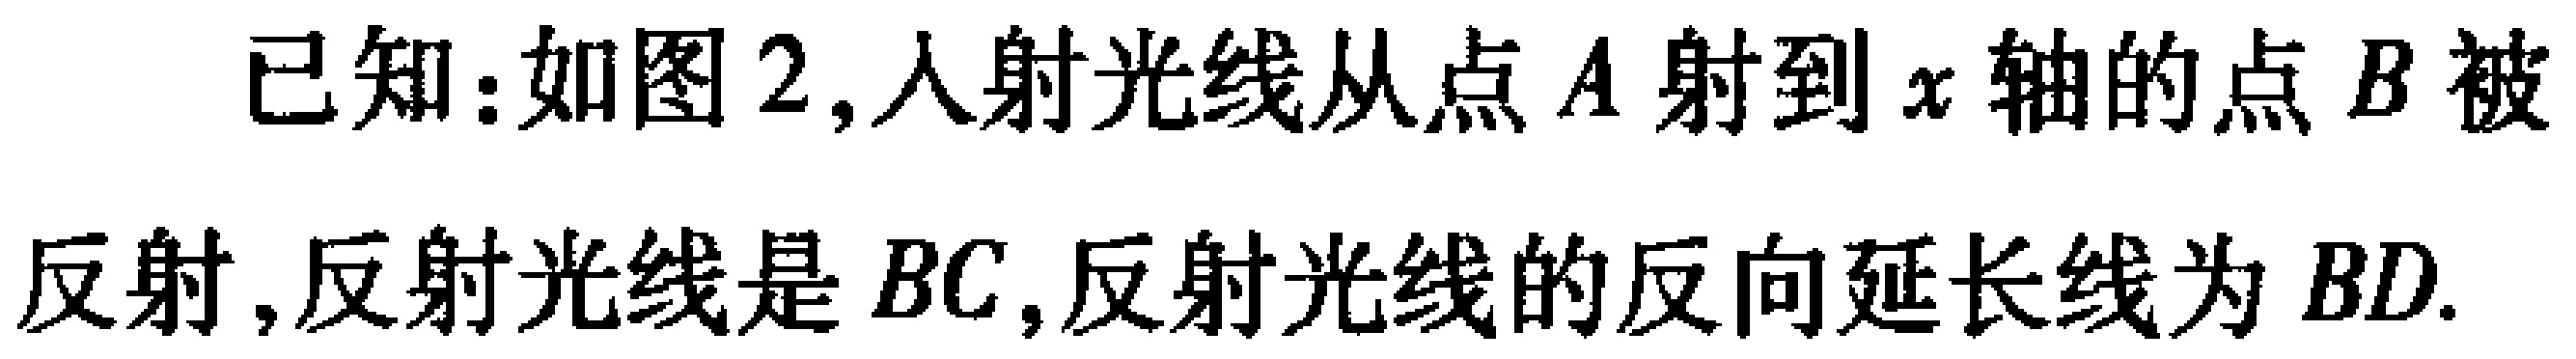
已知：如图2, 入射光线从点\(A\)射到\(x\)轴的点\(B\)被反射, 反射光线是\(BC\), 反射光线的反向延长线为\(BD\).